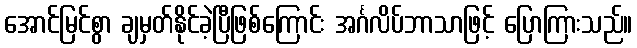
အောင်မြင်စွာ ချမှတ်နိုင်ခဲ့ပြီဖြစ်ကြောင်း အင်္ဂလိပ်ဘာသာဖြင့် ပြောကြားသည်။